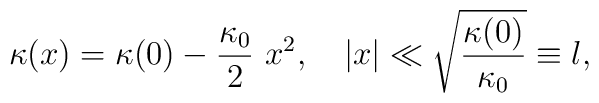
\kappa(x) = \kappa(0) - \frac{\kappa_0}{2}~x^2,~~~|x|\ll\sqrt{\frac{\kappa(0)}{\kappa_0}}\equiv l,